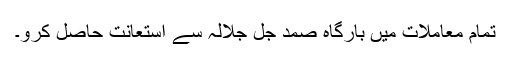
تمام معاملات میں بارگاہِ صمد جل جلالہ سے استعانت حاصل کرو۔